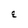
Character: E